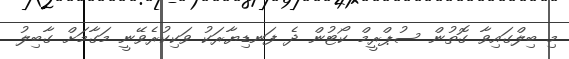
މި ބިލްގައިވާ ގޮތުން ސުޕްރީމް ކޯޓުން ދެ ފަނޑިޔާރަކު ވަކިކުރެވޭނީ މަގާމަށް ގާބިލު